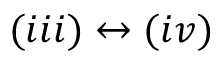
( i i i ) \leftrightarrow ( i v )